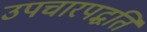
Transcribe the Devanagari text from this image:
उपचारपद्धति